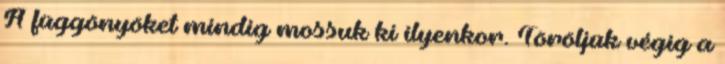
A függönyöket mindig mossuk ki ilyenkor. Töröljük végig a